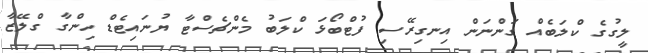
ލީގުގެ ކްލަބެއް ގަންނަން އިނގިރޭސި ފުޓްބޯޅަ ކްލަބު މެންޗެސްޓާ ޔުނައިޓެޑް ހިންގާ ގްލޭޒާ